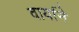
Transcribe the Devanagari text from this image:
वार्याने